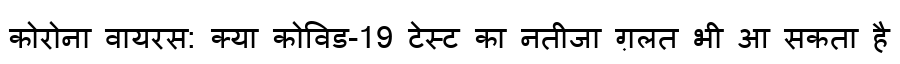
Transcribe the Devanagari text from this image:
कोरोना वायरस: क्या कोविड-19 टेस्ट का नतीजा ग़लत भी आ सकता है